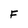
Character: F